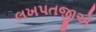
લખપતજીએ